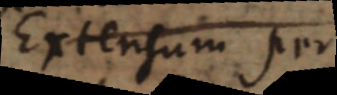
Extensum per